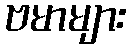
ဗမာများ